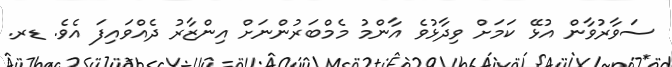
ސަވާރުވާން އުޅޭ ކަމަށް ވިދާޅުވެ އާންމު މެމްބަރުންނަށް އިންޒާރު ދެއްވައިފަ އެވެ. ޑރ.